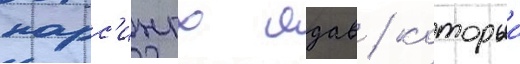
нарс'ингх ядав / которыи